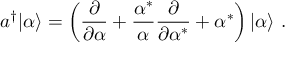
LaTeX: a ^ { \dagger } | \alpha \rangle = \left( { \frac { \partial } { \partial \alpha } } + { \frac { \alpha ^ { * } } { \alpha } } { \frac { \partial } { \partial \alpha ^ { * } } } + \alpha ^ { * } \right) | \alpha \rangle ~ .